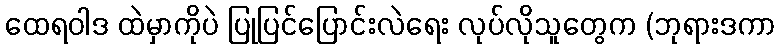
ထေရဝါဒ ထဲမှာကိုပဲ ပြုပြင်ပြောင်းလဲရေး လုပ်လိုသူတွေက (ဘုရားဒကာ